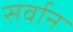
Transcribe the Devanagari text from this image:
सर्वान